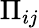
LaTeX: \Pi_{ij}